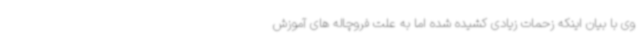
وی با بیان اینکه زحمات زیادی کشیده شده اما به علت فروچاله های آموزش